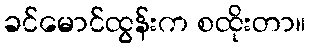
ခင်မောင်ထွန်းက စထိုးတာ။